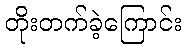
တိုးတက်ခဲ့ကြောင်း